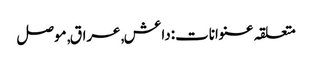
متعلقہ عنوانات‬:داعش, عراق, موصل